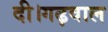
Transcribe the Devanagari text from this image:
दी।गढ़वाल